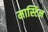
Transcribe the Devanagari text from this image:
मास्टिन